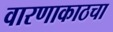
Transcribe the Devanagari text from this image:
वारणाकाठचा